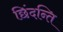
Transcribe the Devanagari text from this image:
छिंदन्ति